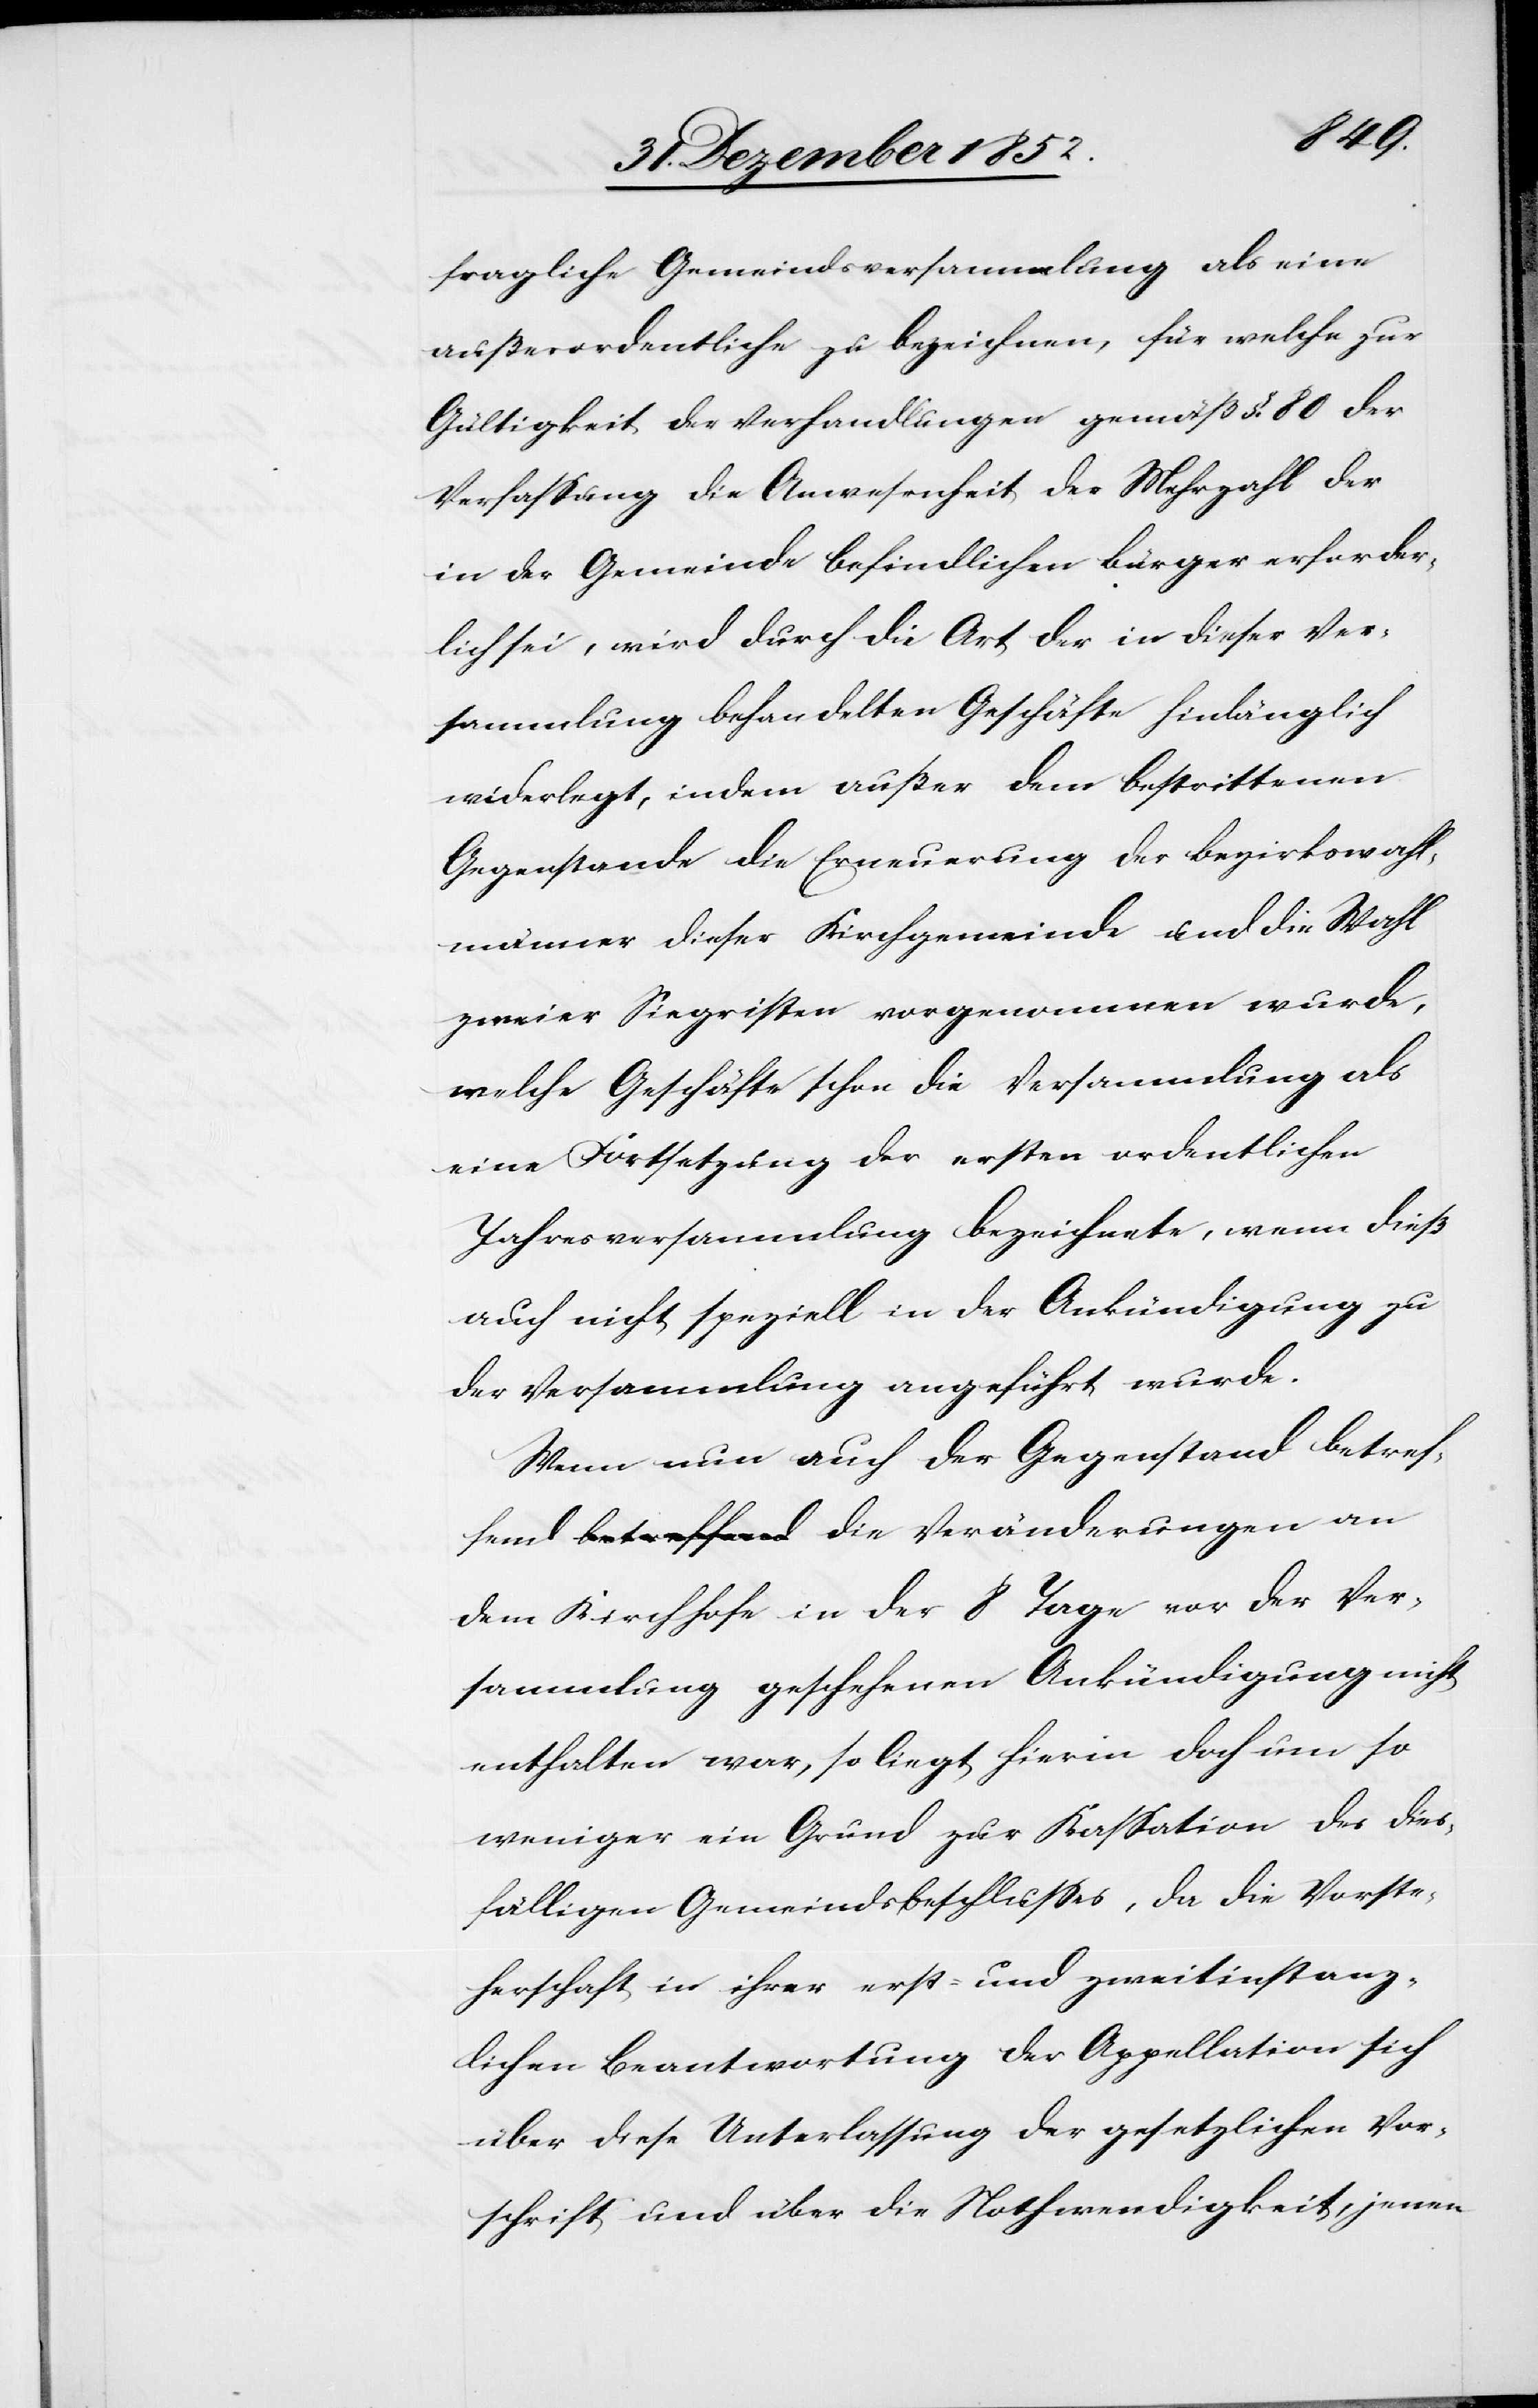
fend
fragliche Gemeindsversammlung als eine
außerordentliche zu bezeichnen, für welche zur
Gültigkeit der Verhandlungen gemäß §. 80 der
Verfassung die Anwesenheit der Mehrzahl der
in der Gemeinde befindlichen Bürger erforder¬
lich sei, wird durch die Art der in dieser Ver¬
sammlung behandelten Geschäfte hinlänglich
widerlegt, indem außer dem bestrittenen
Gegenstande die Erneuerung der Bezirkswahl¬
männer dieser Kirchgemeinde und die Wahl
zweier Siegristen vorgenommen wurde,
welche Geschäfte schon die Versammlung als
eine Fortsetzung der ersten ordentlichen
Jahresversammlung bezeichnete, wenn dieß
auch nicht speziell in der Ankündigung zu
der Versammlung angeführt wurde.
Wenn nun auch der Gegenstand betref¬
dem Kirchhofe in der 8 Tage vor der Ver¬
sammlung geschehenen Ankündigung nicht
enthalten war, so liegt hierin doch um so
weniger ein Grund zur Kassation des dies¬
fälligen Gemeindsbeschlusses, da die Vorste¬
herschaft in ihrer erst- und zweitinstanz¬
lichen Beantwortung der Appellation sich
über diese Unterlassung der gesetzlichen Vor¬
schrift und über die Nothwendigkeit, jenen